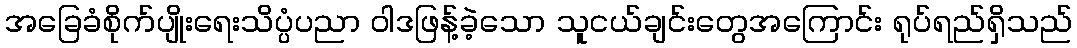
အခြေခံစိုက်ပျိုးရေးသိပ္ပံပညာ ဝါဒဖြန့်ခဲ့သော သူငယ်ချင်းတွေအကြောင်း ရုပ်ရည်ရှိသည်